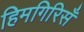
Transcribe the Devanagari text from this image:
हिमगिरिसँ